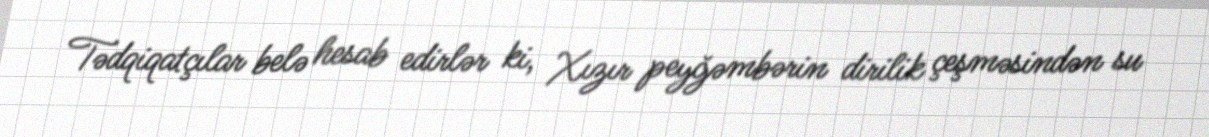
Tədqiqatçılar belə hesab edirlər ki, Xızır peyğəmbərin dirilik çeşməsindən su